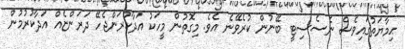
ޙިމާޔަތުގައިވެސް ނެސެސިޓީ ބޭނުން ކުރެވޭނެ އެވެ. މިގޮތުން މީހަކު އަދާކުރަންޖެހޭ ދަރަންޏެއް އަދާކުރުމުން